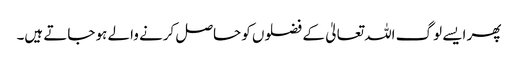
پھر ایسے لوگ اللہ تعالیٰ کے فضلوں کو حاصل کرنے والے ہو جاتے ہیں۔